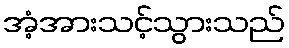
အံ့အားသင့်သွားသည်